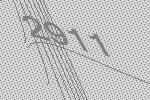
2911